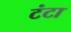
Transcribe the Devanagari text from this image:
टंटा